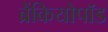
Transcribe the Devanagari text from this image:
ब्रैंकियोपॉड